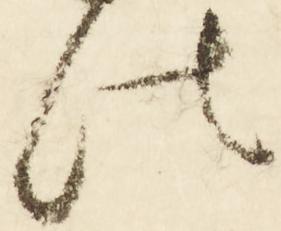
法